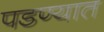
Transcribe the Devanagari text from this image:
पडण्यात